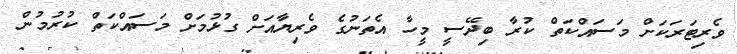
ވެރިޓަރަކަށް މަސައްކަތް ކުރާ ބިދޭސީ މީހާ އެތަނުގެ ވެރިޔާއަށް ގުޅުމަށް މަސައްކަތް ކުރުމުން